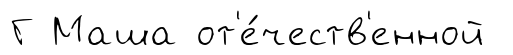
Г Маша от'е́честв'енной